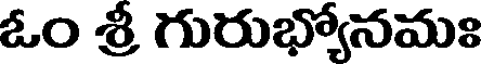
ఓం శ్రీ గురుభ్యోనమః